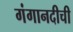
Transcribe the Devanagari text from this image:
गंगानदीची